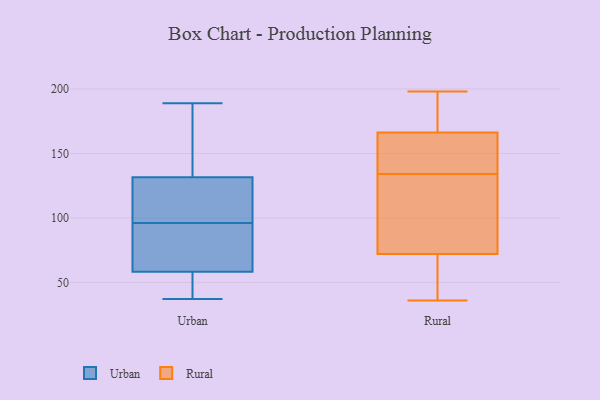
{"axis": {"x": "Churn Rate (%)", "y": "Value"}, "legend": ["Rural", "Urban"], "data": [{"x": "", "y": 59, "type": "Urban"}, {"x": "", "y": 56, "type": "Urban"}, {"x": "", "y": 124, "type": "Urban"}, {"x": "", "y": 37, "type": "Urban"}, {"x": "", "y": 154, "type": "Urban"}, {"x": "", "y": 169, "type": "Urban"}, {"x": "", "y": 165, "type": "Urban"}, {"x": "", "y": 39, "type": "Urban"}, {"x": "", "y": 51, "type": "Urban"}, {"x": "", "y": 96, "type": "Urban"}, {"x": "", "y": 98, "type": "Urban"}, {"x": "", "y": 67, "type": "Urban"}, {"x": "", "y": 119, "type": "Urban"}, {"x": "", "y": 189, "type": "Urban"}, {"x": "", "y": 59, "type": "Urban"}, {"x": "", "y": 92, "type": "Urban"}, {"x": "", "y": 99, "type": "Urban"}, {"x": "", "y": 110, "type": "Rural"}, {"x": "", "y": 192, "type": "Rural"}, {"x": "", "y": 134, "type": "Rural"}, {"x": "", "y": 139, "type": "Rural"}, {"x": "", "y": 168, "type": "Rural"}, {"x": "", "y": 36, "type": "Rural"}, {"x": "", "y": 140, "type": "Rural"}, {"x": "", "y": 151, "type": "Rural"}, {"x": "", "y": 62, "type": "Rural"}, {"x": "", "y": 69, "type": "Rural"}, {"x": "", "y": 108, "type": "Rural"}, {"x": "", "y": 161, "type": "Rural"}, {"x": "", "y": 198, "type": "Rural"}, {"x": "", "y": 113, "type": "Rural"}, {"x": "", "y": 53, "type": "Rural"}, {"x": "", "y": 41, "type": "Rural"}, {"x": "", "y": 184, "type": "Rural"}, {"x": "", "y": 81, "type": "Rural"}, {"x": "", "y": 191, "type": "Rural"}]}